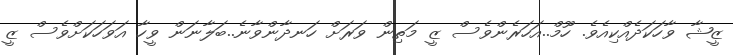
ޒީޝާ ވާހަކަދެއްކިއެވެ. ހޫމް..އަހަރެންވެސް ޒީ މަތިން ވަރަށް ހަނދާންވާނެ..ބަލާނަން ވީހާ އަވަހަކަށްވެސް ޒީ